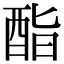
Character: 酯